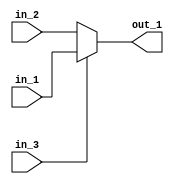
module standard_mux (
    input [3:0] in_1, 
    input [3:0] in_2,
    input in_3,
    output [3:0] out_1
);

// if in_3 high then in_1 else in_2
assign out_1 = in_3? in_1: in_2;

endmodule